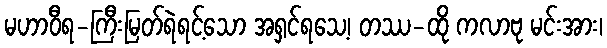
မဟာဝီရ-ကြီးမြတ်ရဲရင့်သော အရှင်ရသေ့၊ တဿ-ထို ကလာဗု မင်းအား၊